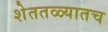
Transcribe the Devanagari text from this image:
शेततळ्यातच